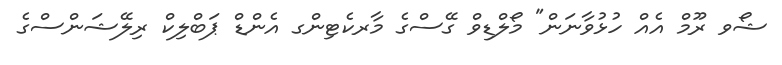
ޝޯވ ރޫމް އެއް ހުޅުވާނަން" މޯލްޑިވް ގޭސްގެ މާރކެޓިންގ އެންޑް ޕަބްލިކް ރިލޭޝަންސްގެ